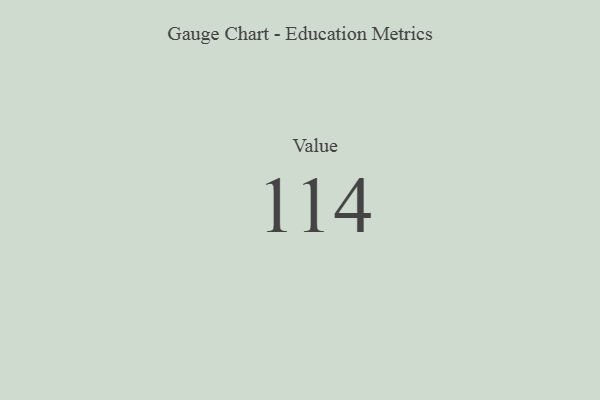
{"axis": {"x": "Metric", "y": "Value"}, "legend": [""], "data": [{"x": "Value", "y": 114, "type": ""}]}